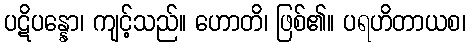
ပဋိပန္နော၊ ကျင့်သည်။ ဟောတိ၊ ဖြစ်၏။ ပရဟိတာယစ၊